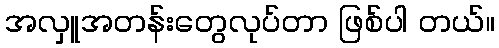
အလှူအတန်းတွေလုပ်တာ ဖြစ်ပါ တယ်။